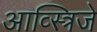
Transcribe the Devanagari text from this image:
आव्स्त्रिजे